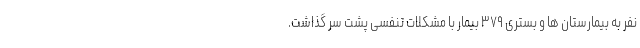
نفر به بیمارستان ها و بستری ۳۷۹ بیمار با مشکلات تنفسی پشت سر گذاشت.